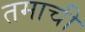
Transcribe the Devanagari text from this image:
तमाची